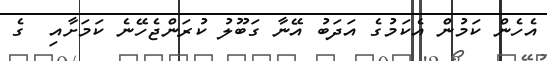
އެހެން ކަމުން އެކަމުގެ އަދަބު އޭނާ ގަބޫލު ކުރަންޖެހޭނެ ކަމަށާއި  ގެ